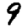
Digit: 9